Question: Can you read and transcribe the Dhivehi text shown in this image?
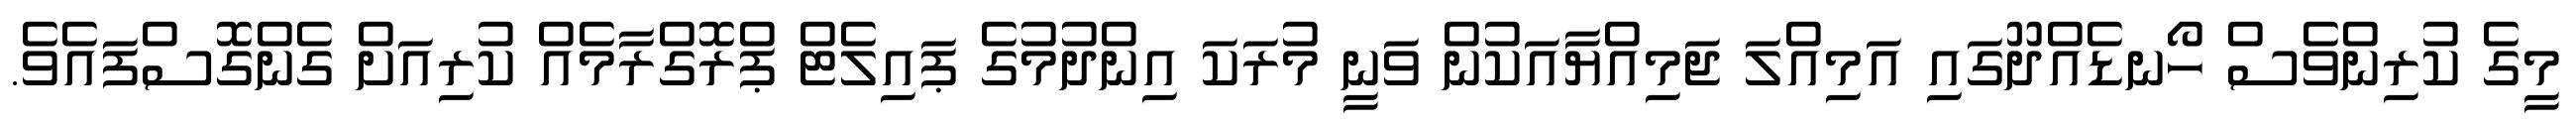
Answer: މީގެ ކުރިންވެސް ހޯނޑެއްދޫގައި އަމިއްލަ ޖަމިއްޔާއަކުން ވަނީ މުރަކަ އިންދުމުގެ ޕައިލެޓް ޕްރޮގްރާމެއް ކުރިއަށް ގެންގޮސްފައެވެ.